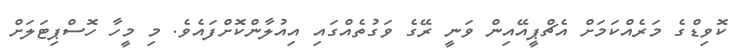
ކޮވިޑްގެ މަރެއްކަމަށް އެޗްޕީއޭއިން ވަނީ ރޭގެ ވަގުތެއްގައި އިއުލާންކޮށްފައެވެ. މި މީހާ ހޮސްޕިޓަލަށް